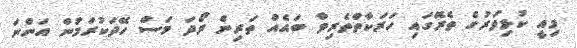
މިއީ ކުޅިވަރުގެ ތެރޭގައި ހަރަކާތްތެރިވާ ބައެއް ތަރިން ރޯދަ މަސް ހޭދަކުރަމުން އަންނަ